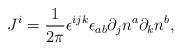
LaTeX: \begin{align*}J^i=\frac 1{2\pi }{\bf \epsilon }^{ijk}\epsilon _{ab}\partial_jn^a\partial _kn^b,\end{align*}